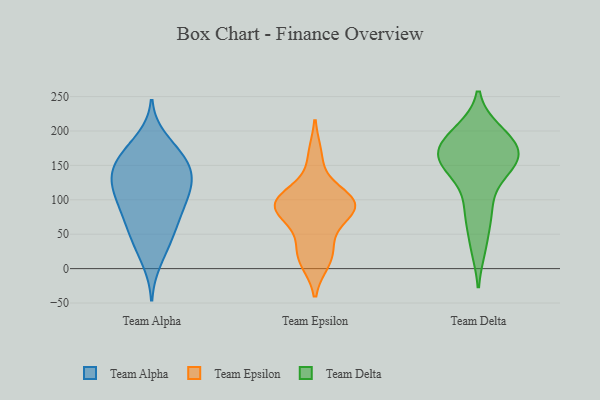
{"axis": {"x": "Revenue (USD Million)", "y": "Value"}, "legend": ["Team Alpha", "Team Delta", "Team Epsilon"], "data": [{"x": "", "y": 140, "type": "Team Alpha"}, {"x": "", "y": 143, "type": "Team Alpha"}, {"x": "", "y": 167, "type": "Team Alpha"}, {"x": "", "y": 45, "type": "Team Alpha"}, {"x": "", "y": 55, "type": "Team Alpha"}, {"x": "", "y": 101, "type": "Team Alpha"}, {"x": "", "y": 125, "type": "Team Alpha"}, {"x": "", "y": 123, "type": "Team Alpha"}, {"x": "", "y": 10, "type": "Team Alpha"}, {"x": "", "y": 39, "type": "Team Alpha"}, {"x": "", "y": 83, "type": "Team Alpha"}, {"x": "", "y": 81, "type": "Team Alpha"}, {"x": "", "y": 123, "type": "Team Alpha"}, {"x": "", "y": 147, "type": "Team Alpha"}, {"x": "", "y": 112, "type": "Team Alpha"}, {"x": "", "y": 162, "type": "Team Alpha"}, {"x": "", "y": 169, "type": "Team Alpha"}, {"x": "", "y": 189, "type": "Team Alpha"}, {"x": "", "y": 85, "type": "Team Alpha"}, {"x": "", "y": 85, "type": "Team Epsilon"}, {"x": "", "y": 164, "type": "Team Epsilon"}, {"x": "", "y": 94, "type": "Team Epsilon"}, {"x": "", "y": 88, "type": "Team Epsilon"}, {"x": "", "y": 100, "type": "Team Epsilon"}, {"x": "", "y": 18, "type": "Team Epsilon"}, {"x": "", "y": 104, "type": "Team Epsilon"}, {"x": "", "y": 97, "type": "Team Epsilon"}, {"x": "", "y": 36, "type": "Team Epsilon"}, {"x": "", "y": 11, "type": "Team Epsilon"}, {"x": "", "y": 77, "type": "Team Epsilon"}, {"x": "", "y": 199, "type": "Team Delta"}, {"x": "", "y": 182, "type": "Team Delta"}, {"x": "", "y": 143, "type": "Team Delta"}, {"x": "", "y": 90, "type": "Team Delta"}, {"x": "", "y": 168, "type": "Team Delta"}, {"x": "", "y": 196, "type": "Team Delta"}, {"x": "", "y": 159, "type": "Team Delta"}, {"x": "", "y": 31, "type": "Team Delta"}, {"x": "", "y": 76, "type": "Team Delta"}, {"x": "", "y": 170, "type": "Team Delta"}, {"x": "", "y": 159, "type": "Team Delta"}, {"x": "", "y": 140, "type": "Team Delta"}]}